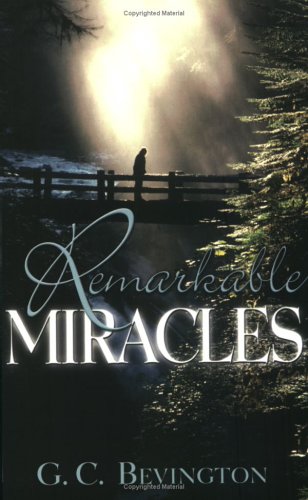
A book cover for Remarkable Miracles; G. C. Bevington; Christian Books & Bibles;